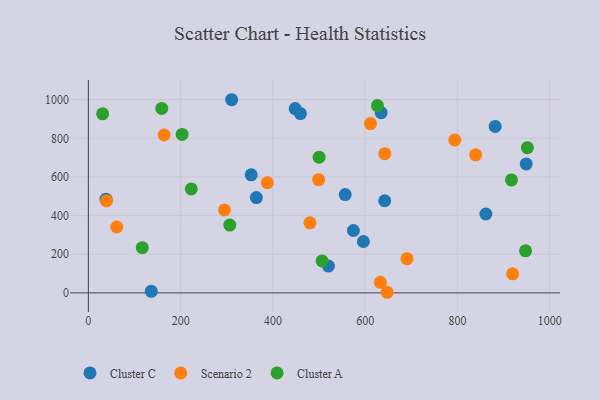
{"axis": {"x": "Study Hours", "y": "Sales"}, "legend": ["Cluster A", "Cluster C", "Scenario 2"], "data": [{"x": "596.1", "y": 265.7, "type": "Cluster C"}, {"x": "634.7", "y": 932.7, "type": "Cluster C"}, {"x": "556.8", "y": 508.5, "type": "Cluster C"}, {"x": "353.0", "y": 611.2, "type": "Cluster C"}, {"x": "459.7", "y": 927.9, "type": "Cluster C"}, {"x": "949.2", "y": 667.2, "type": "Cluster C"}, {"x": "364.2", "y": 493.0, "type": "Cluster C"}, {"x": "448.3", "y": 953.8, "type": "Cluster C"}, {"x": "861.7", "y": 408.1, "type": "Cluster C"}, {"x": "881.9", "y": 861.3, "type": "Cluster C"}, {"x": "520.4", "y": 138.7, "type": "Cluster C"}, {"x": "642.4", "y": 476.8, "type": "Cluster C"}, {"x": "574.6", "y": 322.7, "type": "Cluster C"}, {"x": "136.4", "y": 7.8, "type": "Cluster C"}, {"x": "310.7", "y": 999.7, "type": "Cluster C"}, {"x": "38.2", "y": 485.1, "type": "Cluster C"}, {"x": "164.2", "y": 817.2, "type": "Scenario 2"}, {"x": "647.8", "y": 3.0, "type": "Scenario 2"}, {"x": "611.5", "y": 876.0, "type": "Scenario 2"}, {"x": "388.0", "y": 569.9, "type": "Scenario 2"}, {"x": "690.7", "y": 177.0, "type": "Scenario 2"}, {"x": "794.4", "y": 791.6, "type": "Scenario 2"}, {"x": "480.3", "y": 362.5, "type": "Scenario 2"}, {"x": "642.6", "y": 720.5, "type": "Scenario 2"}, {"x": "39.4", "y": 476.3, "type": "Scenario 2"}, {"x": "839.5", "y": 714.4, "type": "Scenario 2"}, {"x": "633.0", "y": 54.3, "type": "Scenario 2"}, {"x": "499.2", "y": 586.0, "type": "Scenario 2"}, {"x": "919.8", "y": 98.4, "type": "Scenario 2"}, {"x": "61.4", "y": 340.9, "type": "Scenario 2"}, {"x": "295.2", "y": 429.5, "type": "Scenario 2"}, {"x": "506.6", "y": 165.2, "type": "Cluster A"}, {"x": "306.6", "y": 350.9, "type": "Cluster A"}, {"x": "626.7", "y": 969.2, "type": "Cluster A"}, {"x": "500.2", "y": 702.1, "type": "Cluster A"}, {"x": "159.1", "y": 954.5, "type": "Cluster A"}, {"x": "223.0", "y": 538.0, "type": "Cluster A"}, {"x": "951.7", "y": 751.4, "type": "Cluster A"}, {"x": "116.8", "y": 233.9, "type": "Cluster A"}, {"x": "917.2", "y": 584.8, "type": "Cluster A"}, {"x": "947.7", "y": 217.8, "type": "Cluster A"}, {"x": "203.2", "y": 820.3, "type": "Cluster A"}, {"x": "30.9", "y": 926.5, "type": "Cluster A"}]}